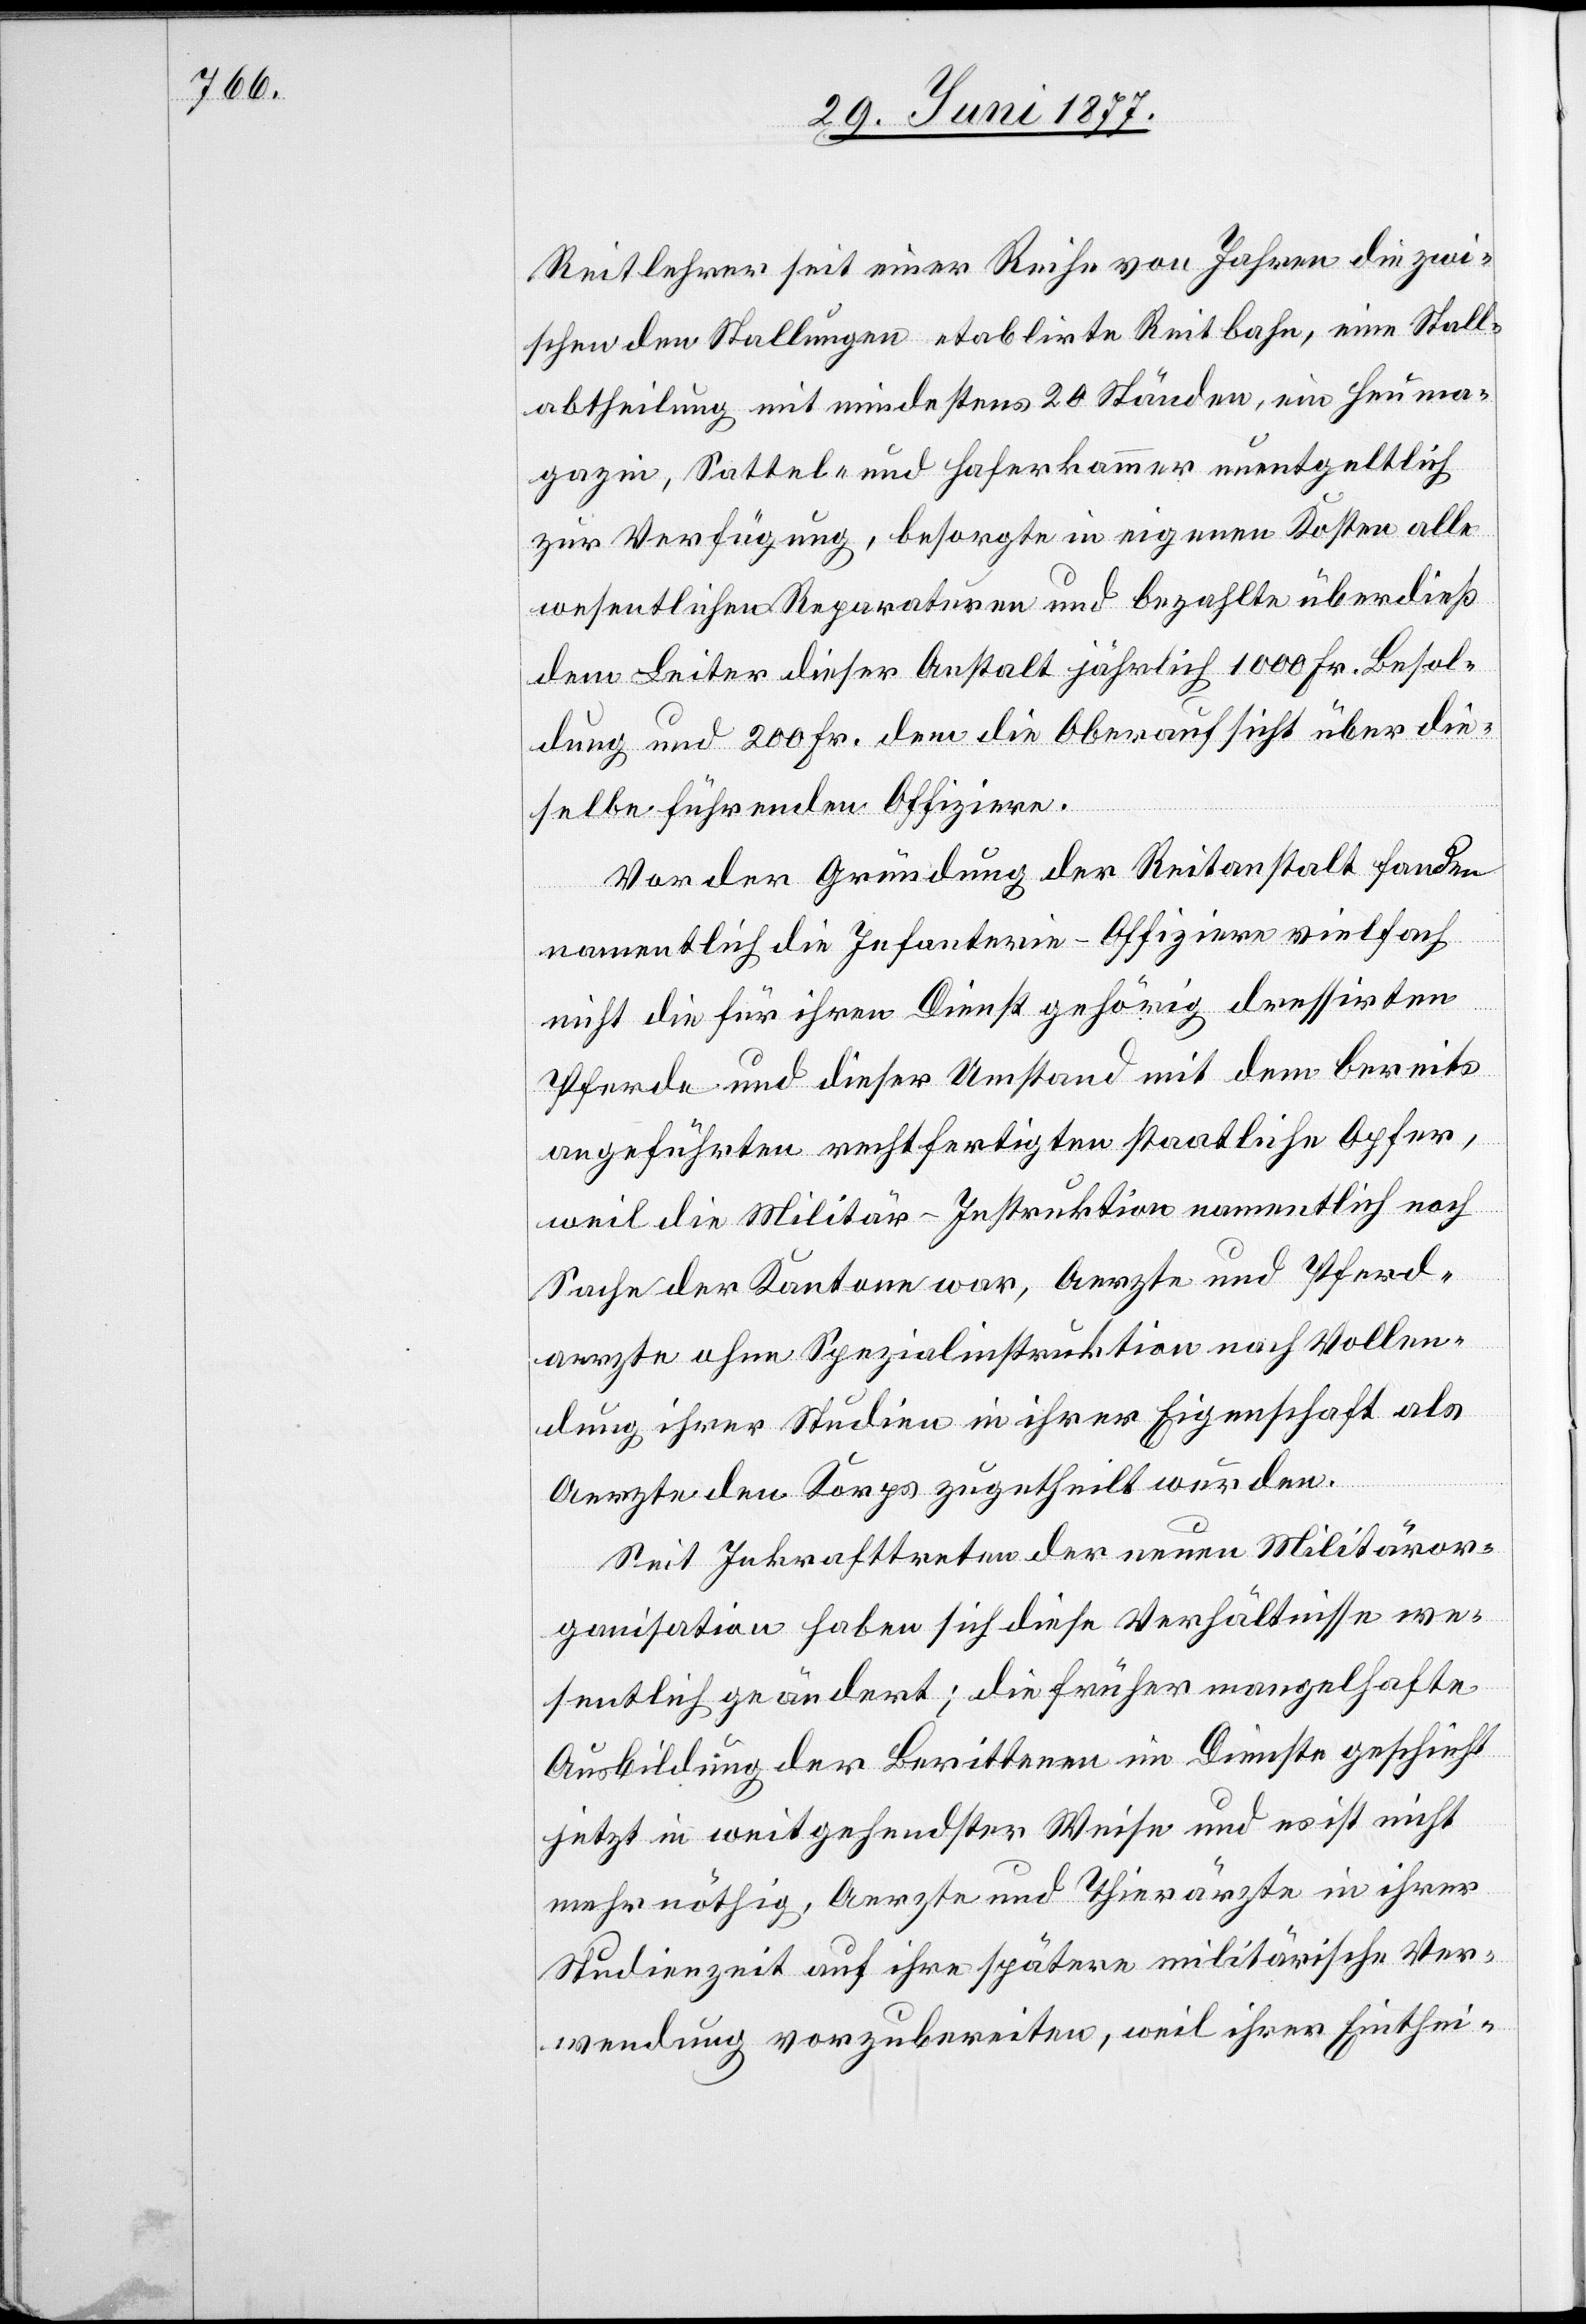
Reitlehrer seit einer Reihe von Jahren die zwi¬
schen den Stallungen etablirte Reitbahn, eine Stall¬
abtheilung mit mindestens 20 Ständen, ein Heuma¬
gazin, Sattel- und Haferkammer unentgeltlich
zur Verfügung, besorgte in eigenen Kosten alle
wesentlichen Reparaturen und bezahlte überdieß
dem Leiter dieser Anstalt jährlich 1000 Fr. Besol¬
dung und 200 Fr. dem die Oberaufsicht über die¬
selbe führenden Offiziere.
Vor der Gründung der Reitanstalt fanden
namentlich die Infanterie-Offiziere vielfach
nicht die für ihren Dienst gehörig dressirten
Pferde und dieser Umstand mit dem bereits
angeführten rechtfertigten staatliche Opfer,
weil die Militär-Instruktion namentlich noch
Sache der Kantone war, Aerzte und Pferd¬
aerzte ohne Spezialinstruktion nach Vollen¬
dung ihrer Studien in ihrer Eigenschaft als
Aerzte den Korps zugetheilt wurden.
Seit Inkrafttreten der neuen Militäror¬
ganisation haben sich diese Verhältnisse we¬
sentlich geändert; die früher mangelhafte
Ausbildung der Berittenen im Dienste geschieht
jetzt in weitgehendster Weise und es ist nicht
mehr nöthig, Aerzte und Thierärzte in ihrer
Studienzeit auf ihre spätere militärische Ver¬
wendung vorzubereiten, weil ihrer Einthei-